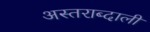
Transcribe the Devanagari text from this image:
अस्तराब्दाली